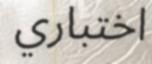
اختباري